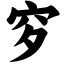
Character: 穸